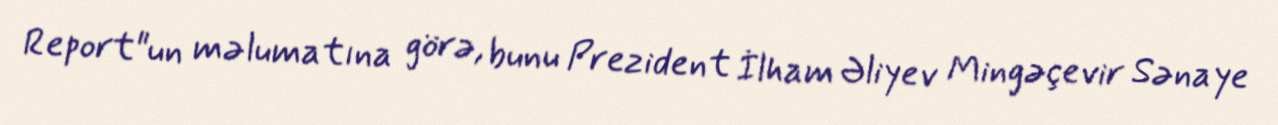
Report"un məlumatına görə, bunu Prezident İlham Əliyev Mingəçevir Sənaye